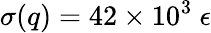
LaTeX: \sigma(q)=42\times 10^{3}\ \epsilon